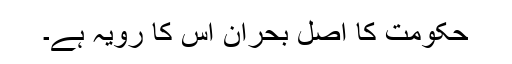
حکومت کا اصل بحران اس کا رویہ ہے۔